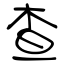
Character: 查